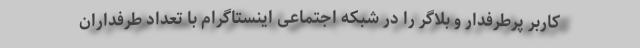
کاربر پرطرفدار و بلاگر را در شبکه اجتماعی اینستاگرام با تعداد طرفداران